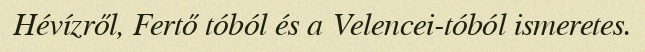
Hévízről, Fertő tóból és a Velencei-tóból ismeretes.